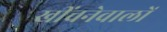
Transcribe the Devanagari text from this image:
खींचनेवालों